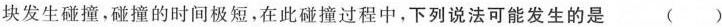
块发生碰撞，碰撞的时间极短，在此碰撞过程中，下列说法可能发生的是 ( )